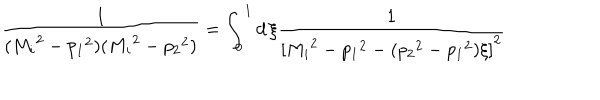
\frac { 1 } { ( { M _ { i } } ^ { 2 } - { p _ { 1 } } ^ { 2 } ) ( { M _ { i } } ^ { 2 } - { p _ { 2 } } ^ { 2 } ) } = \int _ { 0 } ^ { 1 } d \, \xi \frac { 1 } { { [ { M _ { i } } ^ { 2 } - { p _ { 1 } } ^ { 2 } - ( { p _ { 2 } } ^ { 2 } - { p _ { 1 } } ^ { 2 } ) \xi ] } ^ { 2 } }